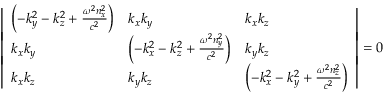
{ \left| \begin{array} { l l l } { \left( - k _ { y } ^ { 2 } - k _ { z } ^ { 2 } + { \frac { \omega ^ { 2 } n _ { x } ^ { 2 } } { c ^ { 2 } } } \right) } & { k _ { x } k _ { y } } & { k _ { x } k _ { z } } \\ { k _ { x } k _ { y } } & { \left( - k _ { x } ^ { 2 } - k _ { z } ^ { 2 } + { \frac { \omega ^ { 2 } n _ { y } ^ { 2 } } { c ^ { 2 } } } \right) } & { k _ { y } k _ { z } } \\ { k _ { x } k _ { z } } & { k _ { y } k _ { z } } & { \left( - k _ { x } ^ { 2 } - k _ { y } ^ { 2 } + { \frac { \omega ^ { 2 } n _ { z } ^ { 2 } } { c ^ { 2 } } } \right) } \end{array} \right| } = 0